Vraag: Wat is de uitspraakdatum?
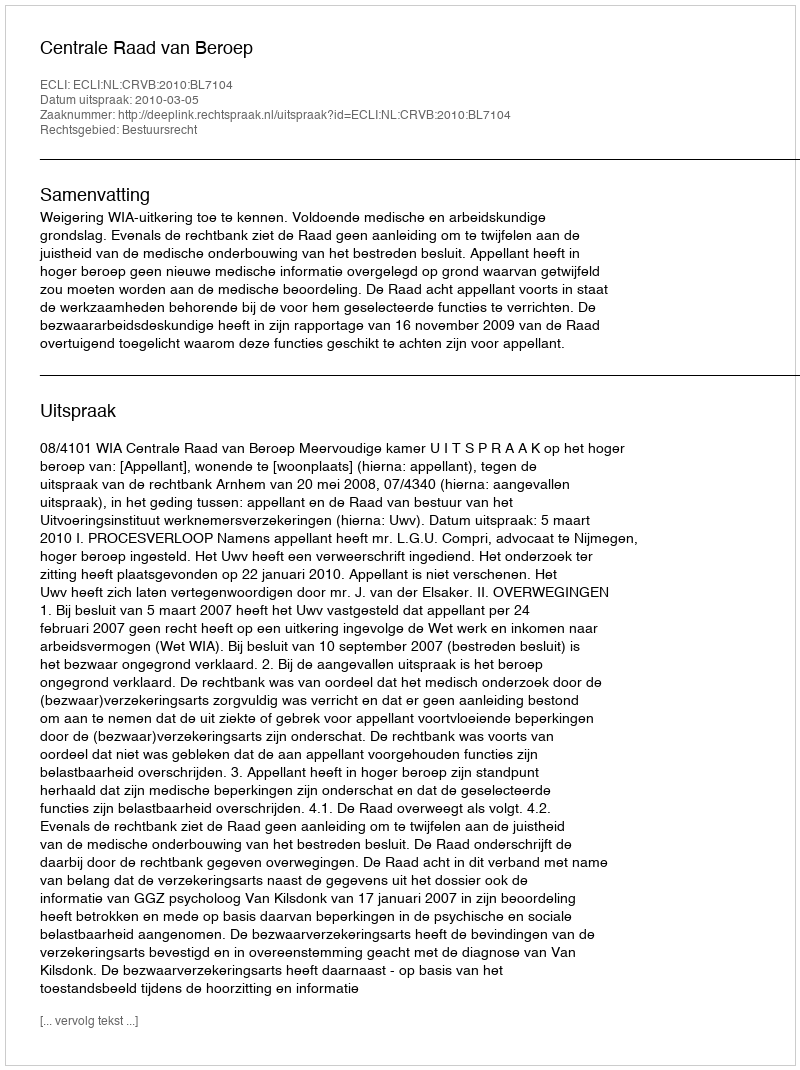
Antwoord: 2010-03-05